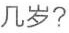
几岁?